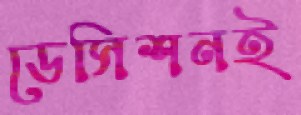
ডেসিশনই